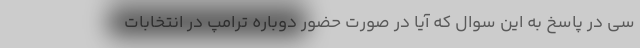
سی در پاسخ به این سوال که آیا در صورت حضور دوباره ترامپ در انتخابات